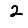
Digit: 2